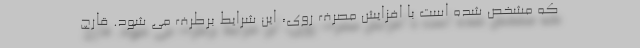
که مشخص شده است با افزایش مصرف روی، این شرایط برطرف می شود. قارچ